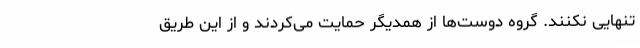
تنهایی نکنند. گروه دوست‌ها از همدیگر حمایت می‌کردند و از این طریق